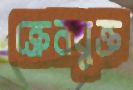
ক্রেনযুক্ত